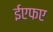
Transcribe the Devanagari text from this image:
ईएफए